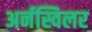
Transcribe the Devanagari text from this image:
अर्नस्विलर